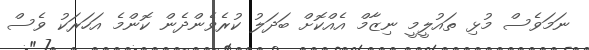
ނަމަވެސް މުޅި ތައުލީމީ ނިޒާމް އެއްކޮށް ބަދަލު ކުރެވެންދެން ކޮންމެ އަހަރަކު ވެސް